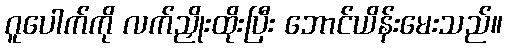
ဂူပေါက်ကို လက်ညှိုးထိုးပြီး ဘောင်ယိန်းမေးသည်။